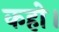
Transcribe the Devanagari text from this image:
कहो।